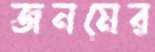
জনমের